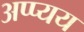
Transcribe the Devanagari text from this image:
अप्प्यय